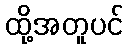
ထို့အတူပင်